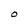
Character: O